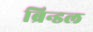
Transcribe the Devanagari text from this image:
ब्रिन्डल